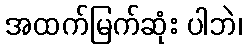
အထက်မြက်ဆုံး ပါဘဲ၊